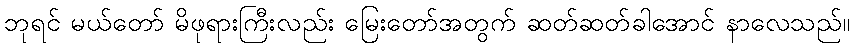
ဘုရင် မယ်တော် မိဖုရားကြီးလည်း မြေးတော်အတွက် ဆတ်ဆတ်ခါအောင် နာလေသည်။